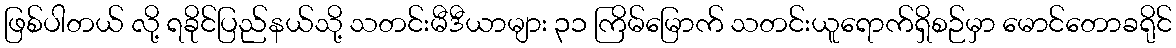
ဖြစ်ပါတယ် လို့ ရခိုင်ပြည်နယ်သို့ သတင်းမီဒီယာများ ၃၁ ကြိမ်မြောက် သတင်းယူရောက်ရှိစဉ်မှာ မောင်တောခရိုင်